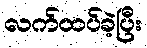
လက်ထပ်ခဲ့ပြီး